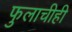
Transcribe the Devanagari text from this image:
फुलाचीही